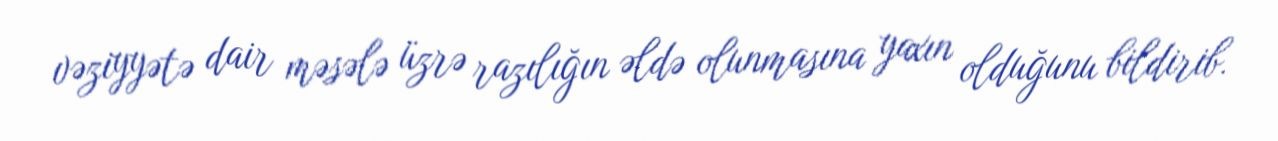
vəziyyətə dair məsələ üzrə razılığın əldə olunmasına yaxın olduğunu bildirib.